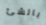
بالشئ